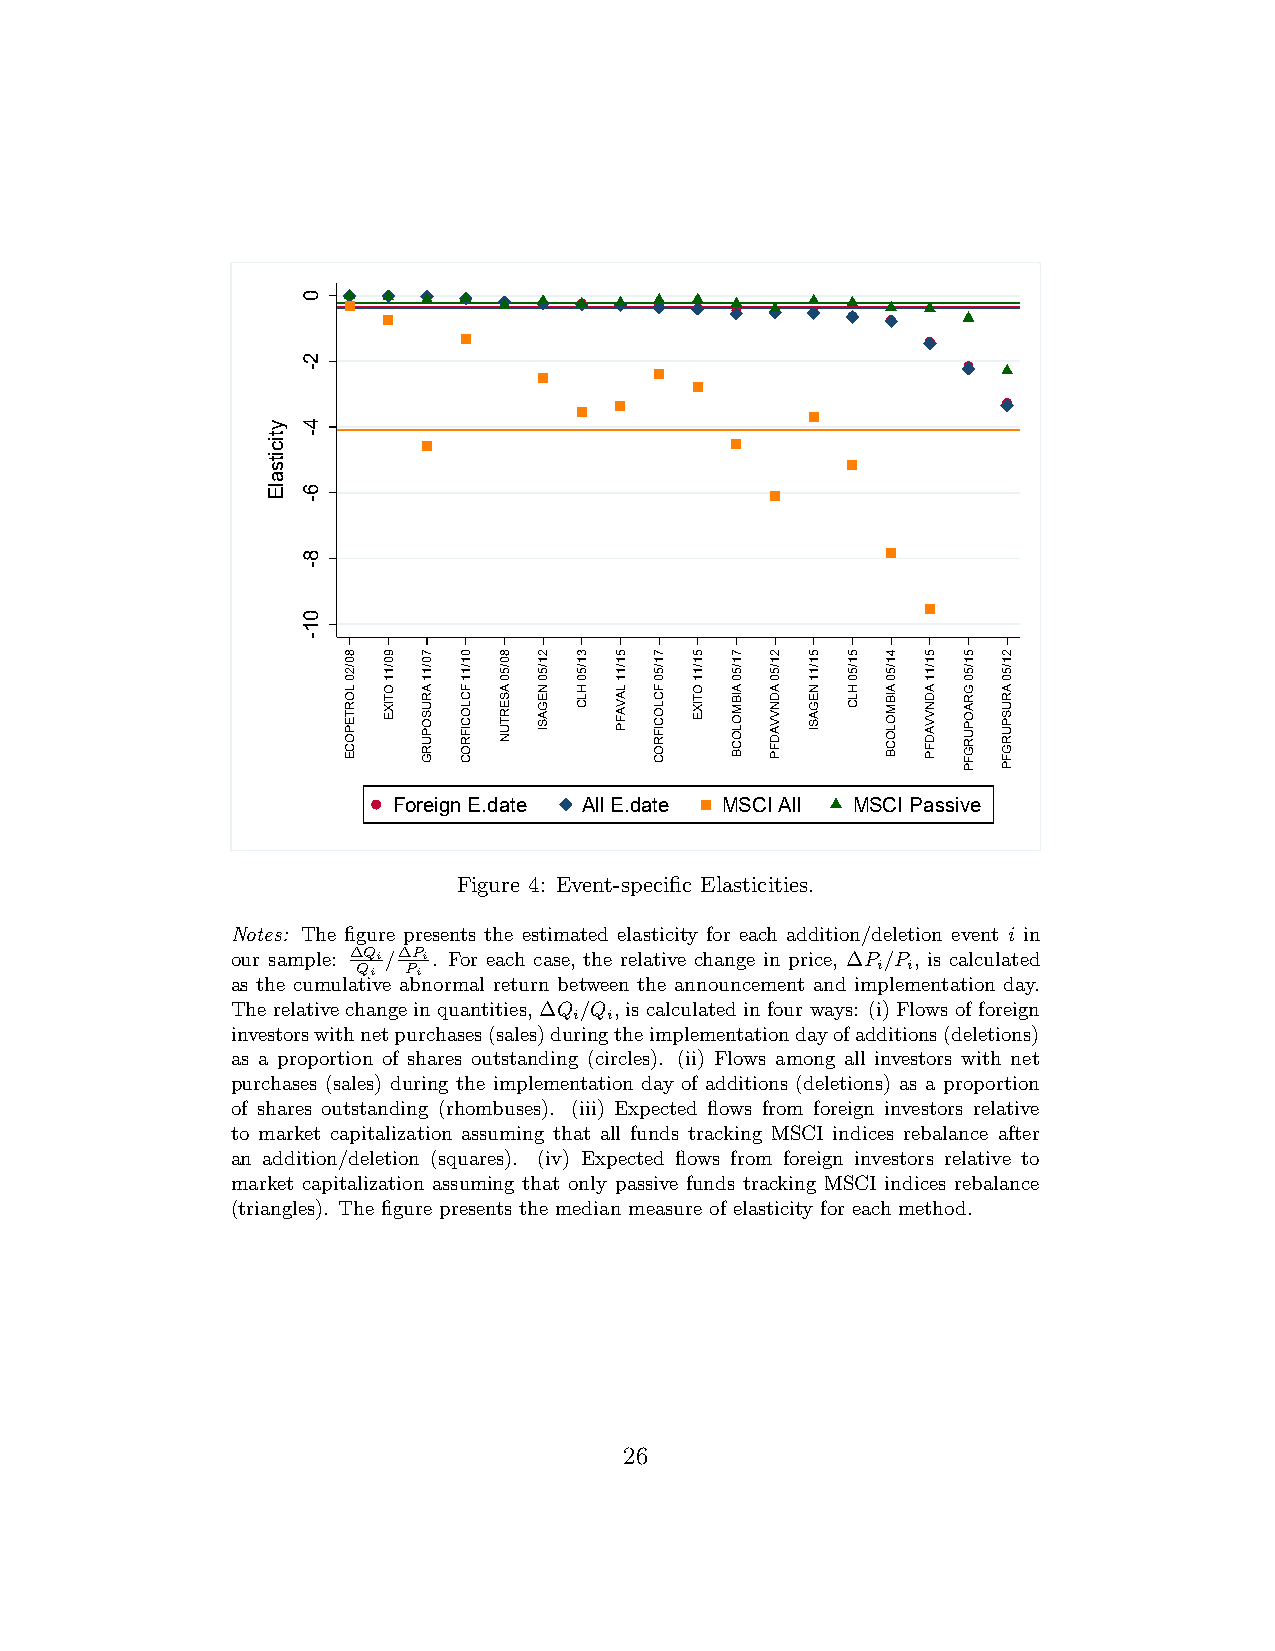
Foreign E.date All E.date MSCI All MSCI Passive
 Figure 4: Event-specific Elasticities.
 Notes: The figure presents the estimated elasticity for each addition/deletion event i in
 our sample: ∆ QQ ii/∆ PP ii. For each case, the relative change in price, ∆P i/P i, is calculated
 as the cumulative abnormal return between the announcement and implementation day.
 The relative change in quantities, ∆Q /Q , is calculated in four ways: (i) Flows of foreign
 i i
 investorswithnetpurchases(sales)duringtheimplementationdayofadditions(deletions)
 as a proportion of shares outstanding (circles). (ii) Flows among all investors with net
 purchases (sales) during the implementation day of additions (deletions) as a proportion
 of shares outstanding (rhombuses). (iii) Expected flows from foreign investors relative
 to market capitalization assuming that all funds tracking MSCI indices rebalance after
 an addition/deletion (squares). (iv) Expected flows from foreign investors relative to
 market capitalization assuming that only passive funds tracking MSCI indices rebalance
 (triangles). The figure presents the median measure of elasticity for each method.
 26
 yticitsalE
 0
 2-
 4-
 6-
 8-
 01-
 80/20
 LORTEPOCE
 90/11
 OTIXE
 70/11
 ARUSOPURG
 01/11
 FCLOCIFROC
 80/50
 ASERTUN
 21/50
 NEGASI
 31/50
 HLC
 51/11
 LAVAFP
 71/50
 FCLOCIFROC
 51/11
 OTIXE
 71/50
 AIBMOLOCB
 21/50
 ADNVVADFP
 51/11
 NEGASI
 51/50
 HLC
 41/50
 AIBMOLOCB
 51/11
 ADNVVADFP
 51/50
 GRAOPURGFP
 21/50
 ARUSPURGFP